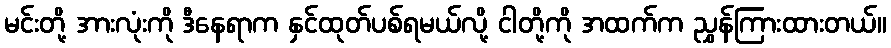
မင်းတို့ အားလုံးကို ဒီနေရာက နှင်ထုတ်ပစ်ရမယ်လို့ ငါတို့ကို အထက်က ညွှန်ကြားထားတယ်။